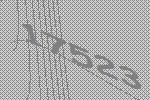
17523